Vaccination North-Western Provinces and Oudh 1896-1901 - 1896-1901
Year: 1896
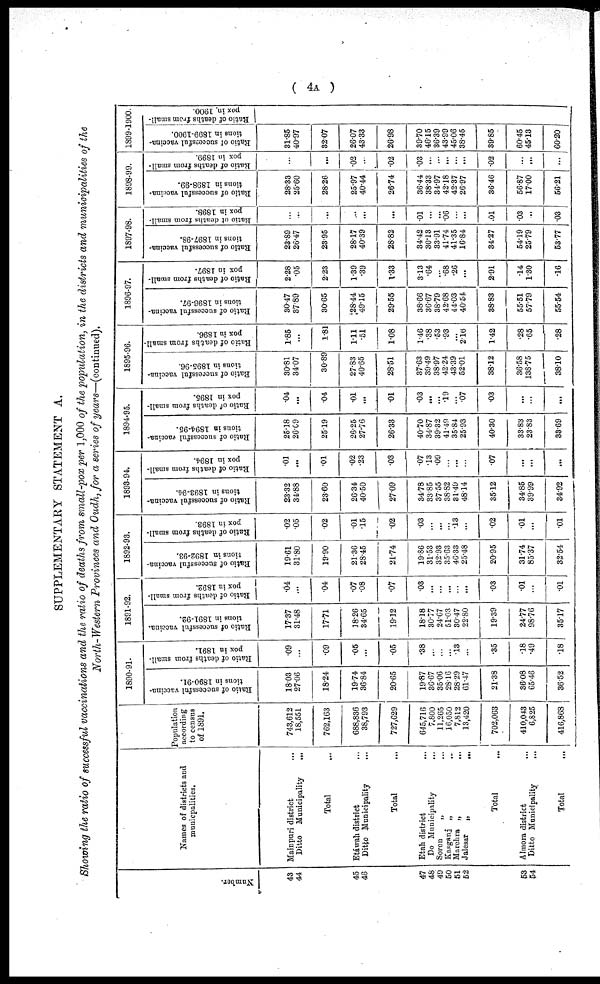
( 4A )
SUPPLEMENTARY STATEMENT A.
Showing the ratio of successful vaccinations and the ratio of deaths from small-pox per 1,000 of the population, in the districts and municipalities of the
North-Western Provinces and Oudh, for a series of years—(continued).
Number.
43
44
45
46
47
48
49
50
51
52
53
54
Names of districts and
municpalities.
Mainpuri district
...
Ditto Municipality
...
Total
Etáwah district ...
Ditto Municipality ...
Total
Etah district ...
Do Municipality ...
Soron
„ ...
Kasganj „ ...
Marchra „
...
Jalesar
„
...
Total ...
Almora district ...
Ditto Municipality
...
Total ...
Population
according
to census
of 1891.
743,612
18,551
762,163
688,836
38,793
727,629
645,716
7,800
11,265
16,050
7,812
13,420
702,063
410,043
6,825
416,868
1890-91.
Ratio of successful vaccina-
tions in 1890-91.
18.03
27.06
18.24
19.74
36.84
20.65
19.87
36.67
35.06
28.16
28.29
61.47
21.38
36.08
65.46
36.52
Ratio of deaths from small-
pox in 1891.
.09
...
.09
.05
...
.05
.38
...
...
...
13
...
.35
.18
.49
.18
1891-92.
Ratio of successful vaccina-
tions in 1891-92.
17.37
31.48
17.71
18.26
34.65
19.12
18.18
30.77
24.67
51.03
30.47
22.80
19.39
24.77
98.76
35.17
Ratio of deaths from small-
pox in 1892.
.04
...
.04
.07
.08
.07
.03
...
...
...
...
...
.03
.01
...
.01
1892-93.
Ratio of successful vaccina-
tions in 1892-93.
19.61
31.80
19.90
21.36
28.45
21.74
19.86
31.53
32.93
35.63
46.33
25.48
20.95
31.74
85.37
32.54
Ratio of deaths from small-
pox in 1893.
.02
.05
.02
.01
.15
.02
.03
...
...
...
.13
...
.02
.01
...
.01
1893-94.
Ratio of successful vaccina-
tions in 1893-94.
23.32
34.88
23.60
26.34
40.50
27.09
34.78
33.85
37.55
38.82
31.49
48.14
35.12
34.85
39.99
34.92
Ratio of deaths from small-
pox in 1894.
.01
...
.01
.02
.23
.03
.07
.13
.09
...
...
...
.07
...
...
...
1894-95.
Ratio of successful vaccina-
tions in 1S94-95.
25.18
26.69
25.19
26.25
27.76
26.33
40.70
34.87
39.32
41.49
35.84
25.93
40.30
33.83
23.83
33.69
Ratio of deaths from small-
pox in 1895.
.04
...
.04
.01
...
.01
.03
...
...
.19
...
.07
.03
...
...
...
1895-96.
Ratio of successful vaccina-
tions in 1895-96.
30.81
34.07
30.89
27.83
40.65
28.51
37.63
39.49
38.97
42.24
43.39
52.01
38.12
36.58
138.75
38.10
Ratio of deaths from small-
pox in 1896.
1.85
...
1.81
1.11
.51
1.08
1.46
.38
.53
.93
...
2.16
1.42
.28
.65
.28
1896-97.
Ratio of successful vaccina-
tions in 1896-97.
30.47
37.89
30.65
28.44
49.15
29.55
38.66
36.67
38.79
42.68
44.03
40.54
38.83
55.51
57.79
55.54
Ratio of deaths from small-
pox in 1897.
2.28
.05
2.23
1.39
.39
1.33
3.13
.64
...
.68
.26
...
2.91
.14
1.30
.16
1897-98.
Ratio of successful vaccina-
tions in 1897-98.
23.89
26.47
23.95
28.17
40.39
28.82
34.42
30.13
33.91
41.74
41.35
16.84
34.27
54.19
25.79
53.77
Ratio of deaths from small-
pox in 1898.
...
...
...
...
...
...
.01
...
...
.06
...
...
.01
.03
..
.03
1898-99.
Ratio of successful vaccina-
tions in 1898-99.
28.33
25.60
28.26
25.97
40.44
26.74
36.44
38.33
34.97
42.18
42.37
26.97
36.46
56.87
17.00
56.21
Ratio of deaths from small-
pox in 1899.
...
...
...
.02
...
.02
.03
...
...
...
...
...
.02
...
...
...
1899-1900.
Ratio of successful vaccina-
tions in 1899-1900.
31.85
40.97
32.07
26.07
43.33
26.98
39.70
46.15
36.39
43.99
45.06
38.45
39.85
60.45
45.13
60.20
Ratio of deaths
small-
pox
in.
1900.